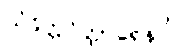
သံခိတ္တဝိတ္ထာရေနပိ